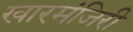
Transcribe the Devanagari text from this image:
खारमंजिरी